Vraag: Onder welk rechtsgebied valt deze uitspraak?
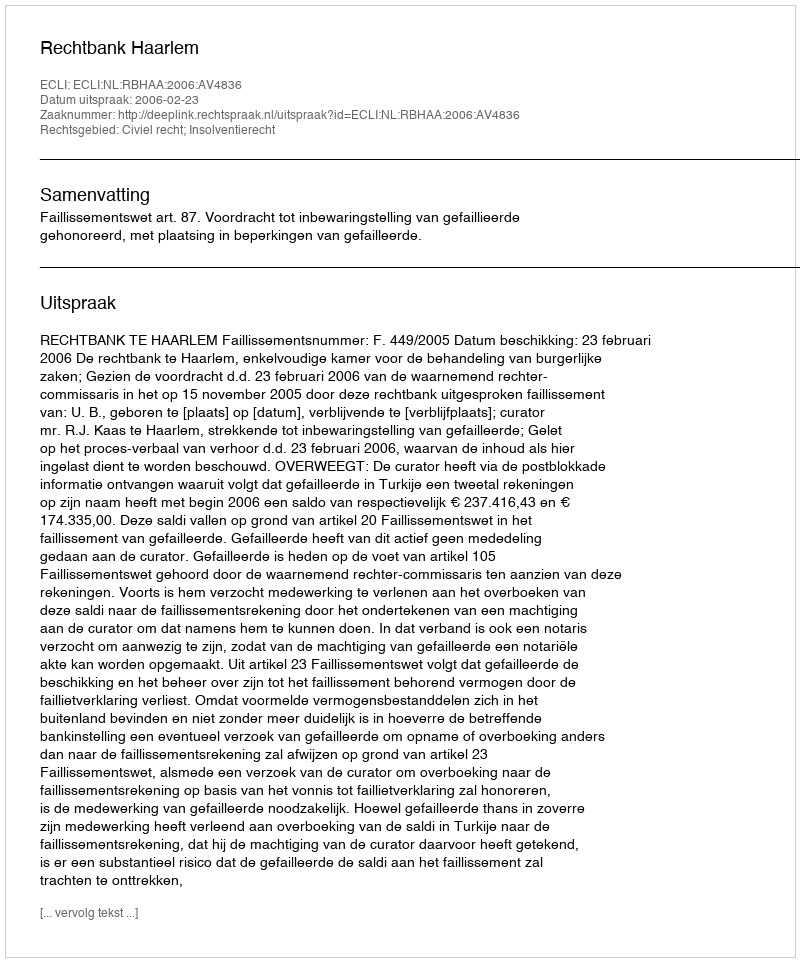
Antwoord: Civiel recht; Insolventierecht